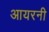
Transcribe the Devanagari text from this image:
आयरनी